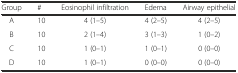
<table><thead><tr><td><b>Group</b></td><td><b>#</b></td><td><b>Eosinophil infiltration</b></td><td><b>Edema</b></td><td><b>Airway epithelial</b></td></tr></thead><tbody><tr><td>A</td><td>10</td><td>4 (1–5)</td><td>4 (2–5)</td><td>4 (2–5)</td></tr><tr><td>B</td><td>10</td><td>2 (1–4)</td><td>3 (1–3)</td><td>1 (0–2)</td></tr><tr><td>C</td><td>10</td><td>1 (0–1)</td><td>1 (0–1)</td><td>0 (0–0)</td></tr><tr><td>D</td><td>10</td><td>1 (0–1)</td><td>0 (0–0)</td><td>0 (0–0)</td></tr></tbody></table>